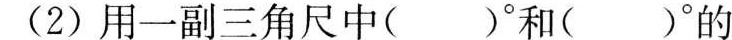
(2)用一副三角尺中（）°和（）°的